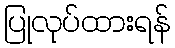
ပြုလုပ်ထားရန်